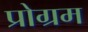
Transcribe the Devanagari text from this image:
प्रोग्रम